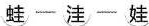
蛙-洼-娃